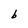
Character: b